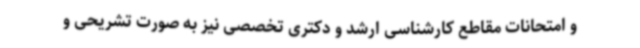
و امتحانات مقاطع کارشناسی ارشد و دکتری تخصصی نیز به صورت تشریحی و